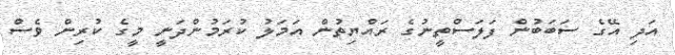
އަދި އޭގެ ސަބަބުން ފަލަސްތީނުގެ ރައްޔިތުން އަމަލު ކުރަމުންދަނީ މީގެ ކުރިން ވެސް